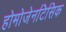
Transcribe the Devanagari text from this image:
होमोजेनटिसिक